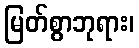
မြတ်စွာဘုရား၊